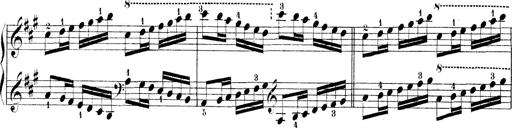
Title: Technische Studien
Composer: Franz Liszt